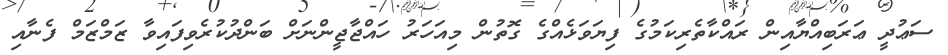
ސަޢުދީ ޢަރަބިއްޔާއިން ރައްކާތެރިކަމުގެ ފިޔަވަޅެއްގެ ގޮތުން މިއަހަރު ހައްޖާޖީންނަށް ބަންދުކުރެވިފައިވާ ޒަމްޒަމް ފެނާއި